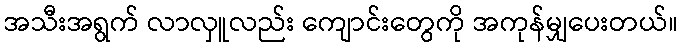
အသီးအရွက် လာလှူလည်း ကျောင်းတွေကို အကုန်မျှပေးတယ်။